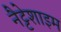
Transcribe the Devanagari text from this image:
नैट्टेशाइम